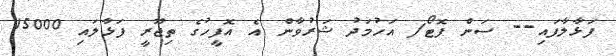
ފަޅާލާފައި-- ސަން ފޮޓޯ/ އަހުމަދު ޝަރުވާން އެ އޮފީހުގެ ތިޖޫރީ ފަޅާލައި 15000